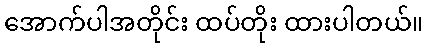
အောက်ပါအတိုင်း ထပ်တိုး ထားပါတယ်။